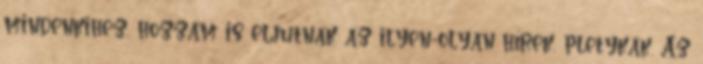
mindenkihez, hozzám is eljutnak az ilyen-olyan hírek, pletykák. Az